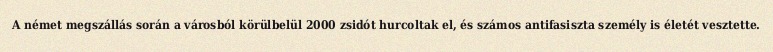
A német megszállás során a városból körülbelül 2000 zsidót hurcoltak el, és számos antifasiszta személy is életét vesztette.